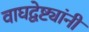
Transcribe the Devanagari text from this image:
वाघद्वेष्ट्यांनी